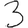
Digit: 3